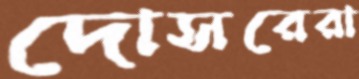
দোসরেরা